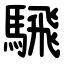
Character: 騛